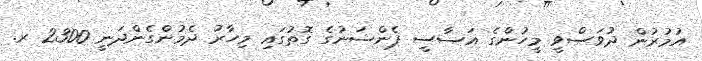
އުމުރުން ދުވަސްވީ މީހުންގެ އަސާސީ ޕެންޝަނުގެ ގޮތުގައި މިހާރު ދެމުންގެންދަނީ 2300 ރ.